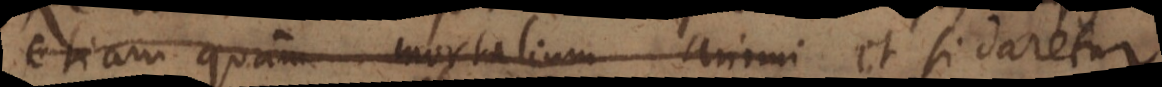
etiam quam mortalium animi et si daretur